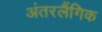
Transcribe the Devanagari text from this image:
अंतरलैंगिक